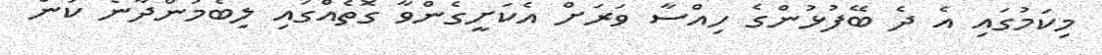
މިކަމުގައި އެ ދެ ބޭފުޅުންގެ ހިއްސާ ވަރަށް އެކަށީގެންވާ ގޮތެއްގައި ލިބެމުންދާނެ ކަން